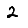
Digit: 2